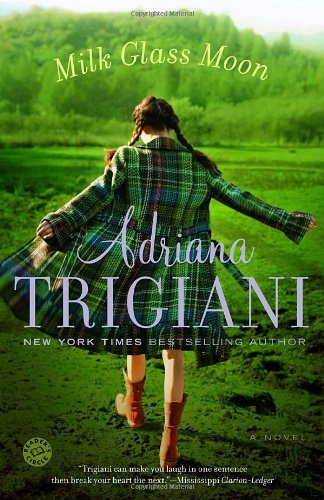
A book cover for Milk Glass Moon: A Novel (Ballantine Reader's Circle); Adriana Trigiani; Literature & Fiction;